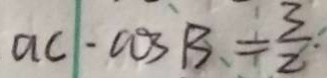
a c - \cos B = \frac { 3 } { 2 }